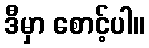
ဒီမှာ စောင့်ပါ။